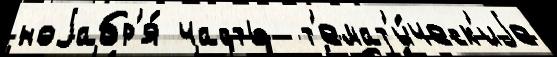
ноjабр'я́ часть  т'емат'и́ческ'иjе